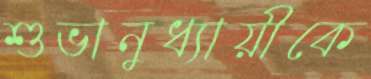
শুভানুধ্যায়ীকে